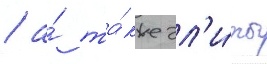
/ а́ та́кже эл'и́ты